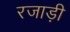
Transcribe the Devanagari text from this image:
रजाड़ी